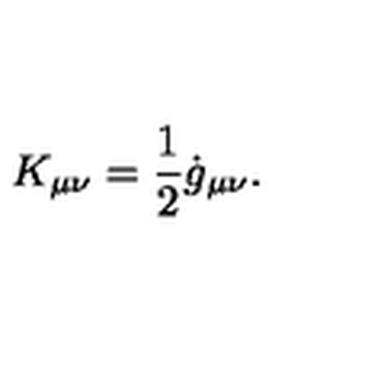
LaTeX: K _ { \mu \nu } = \frac { 1 } { 2 } \dot { g } _ { \mu \nu } .